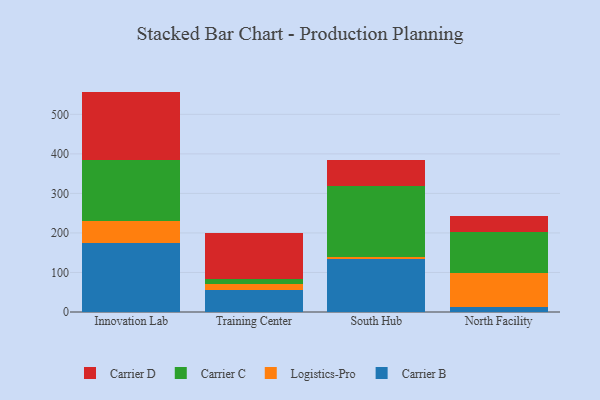
{"axis": {"x": "Campus", "y": "Satisfaction Score"}, "legend": ["Carrier B", "Carrier C", "Carrier D", "Logistics-Pro"], "data": [{"x": "Innovation Lab", "y": 175.7, "type": "Carrier B"}, {"x": "Innovation Lab", "y": 54.4, "type": "Logistics-Pro"}, {"x": "Innovation Lab", "y": 155.2, "type": "Carrier C"}, {"x": "Innovation Lab", "y": 172.2, "type": "Carrier D"}, {"x": "Training Center", "y": 54.9, "type": "Carrier B"}, {"x": "Training Center", "y": 15.7, "type": "Logistics-Pro"}, {"x": "Training Center", "y": 12.8, "type": "Carrier C"}, {"x": "Training Center", "y": 117.4, "type": "Carrier D"}, {"x": "South Hub", "y": 134.1, "type": "Carrier B"}, {"x": "South Hub", "y": 6.2, "type": "Logistics-Pro"}, {"x": "South Hub", "y": 179.3, "type": "Carrier C"}, {"x": "South Hub", "y": 66.0, "type": "Carrier D"}, {"x": "North Facility", "y": 13.3, "type": "Carrier B"}, {"x": "North Facility", "y": 86.2, "type": "Logistics-Pro"}, {"x": "North Facility", "y": 102.4, "type": "Carrier C"}, {"x": "North Facility", "y": 40.1, "type": "Carrier D"}]}